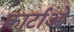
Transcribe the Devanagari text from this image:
कार्टाओ